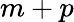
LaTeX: m+p